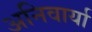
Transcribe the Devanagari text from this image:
अनिवार्या